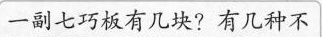
一副七巧板有几块?有几种不